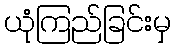
ယုံကြည်ခြင်းမှ